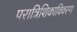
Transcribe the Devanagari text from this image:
परात्रिशिकाविवरण